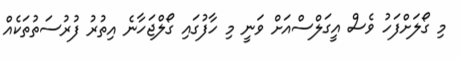
މި ގޯލަށްފަހު ވެސް އީގަލްސްއަށް ވަނީ މި ހާފުގައި ގޯލްޖަހާނެ އިތުރު ފުރުސަތުތަކެއް